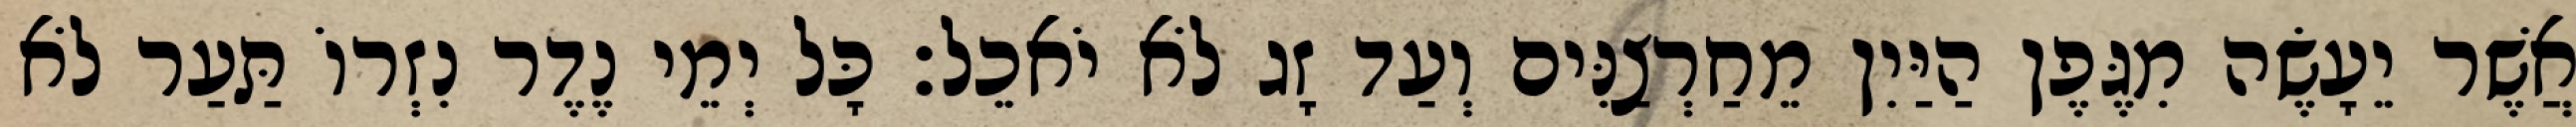
אֲשֶׁר יֵעָשֶׂה מִגֶּפֶן הַיַּיִן מֵחַרְצַנִּים וְעַד זָג לֹא יֹאכֵל׃ כָּל יְמֵי נֶדֶר נִזְרוֹ תַּעַר לֹא